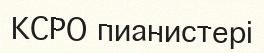
КСРО пианистері